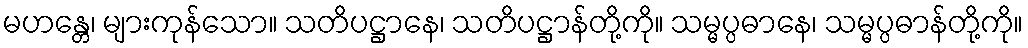
မဟန္တေ၊ များကုန်သော။ သတိပဋ္ဌာနေ၊ သတိပဋ္ဌာန်တို့ကို။ သမ္မပ္ပဓာနေ၊ သမ္မပ္ပဓာန်တို့ကို။